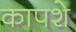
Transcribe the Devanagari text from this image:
कापशे